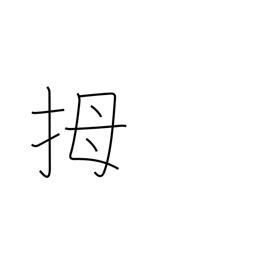
Meaning: thumb